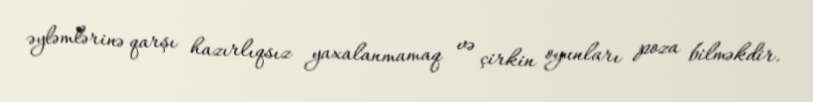
əyləmlərinə qarşı hazırlıqsız yaxalanmamaq və çirkin oyunları poza bilməkdir.